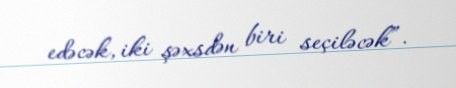
edəcək, iki şəxsdən biri seçiləcək”.